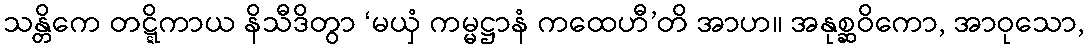
သန္တိကေ တဋ္ဋိကာယ နိသီဒိတွာ ‘မယှံ ကမ္မဋ္ဌာနံ ကထေဟီ’တိ အာဟ။ အနုစ္ဆဝိကော, အာဝုသော,